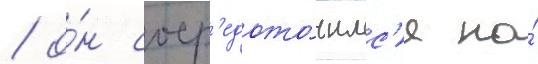
/ о́н соср'едото́чилс'я на́